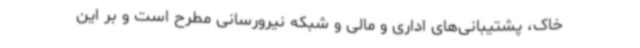
خاک، پشتیبانی‌های اداری و مالی و شبکه نیرورسانی مطرح است و بر این